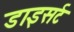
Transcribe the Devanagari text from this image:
डाइसर्ट